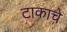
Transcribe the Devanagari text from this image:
टाकाचे